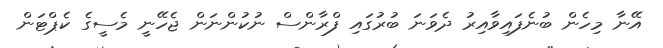
އޭނާ މިހެން ބުނެފައިވާއިރު ދެވަނަ ބުރުގައި ފްރާންސް ނުކުންނަން ޖެހޭނީ މެސީގެ ކެޕްޓަން